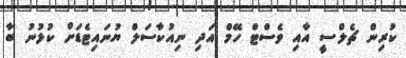
ކުރިން ޗެލްސީ އާއި ވެސްޓް ހޭމް އަދި ނިއުކާސަލް ޔުނައިޓެޑަށް ކުޅުނު ބާ